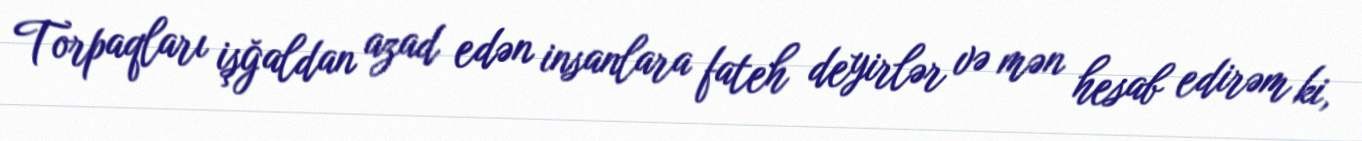
Torpaqları işğaldan azad edən insanlara fateh deyirlər və mən hesab edirəm ki,